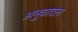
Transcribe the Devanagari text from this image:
अनुवादल